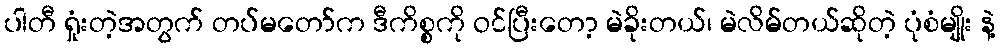
ပါတီ ရှုံးတဲ့အတွက် တပ်မတော်က ဒီကိစ္စကို ဝင်ပြီးတော့ မဲခိုးတယ်၊ မဲလိမ်တယ်ဆိုတဲ့ ပုံစံမျိုး နဲ့